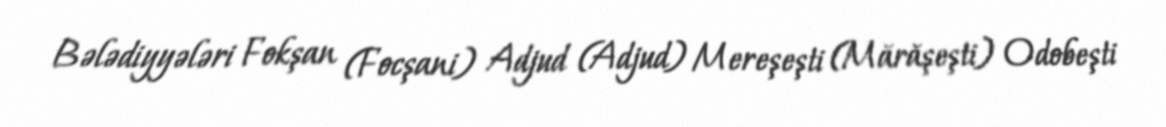
Bələdiyyələri Fokşan (Focşani) Adjud (Adjud) Mereşeşti (Mărăşeşti) Odobeşti